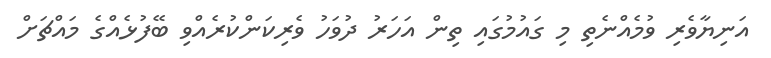
އަނިޔާވެރި ވުމެއްނެތި މި ގައުމުގައި ތިން އަހަރު ދުވަހު ވެރިކަންކުރެއްވި ބޭފުޅެއްގެ މައްޗަށް